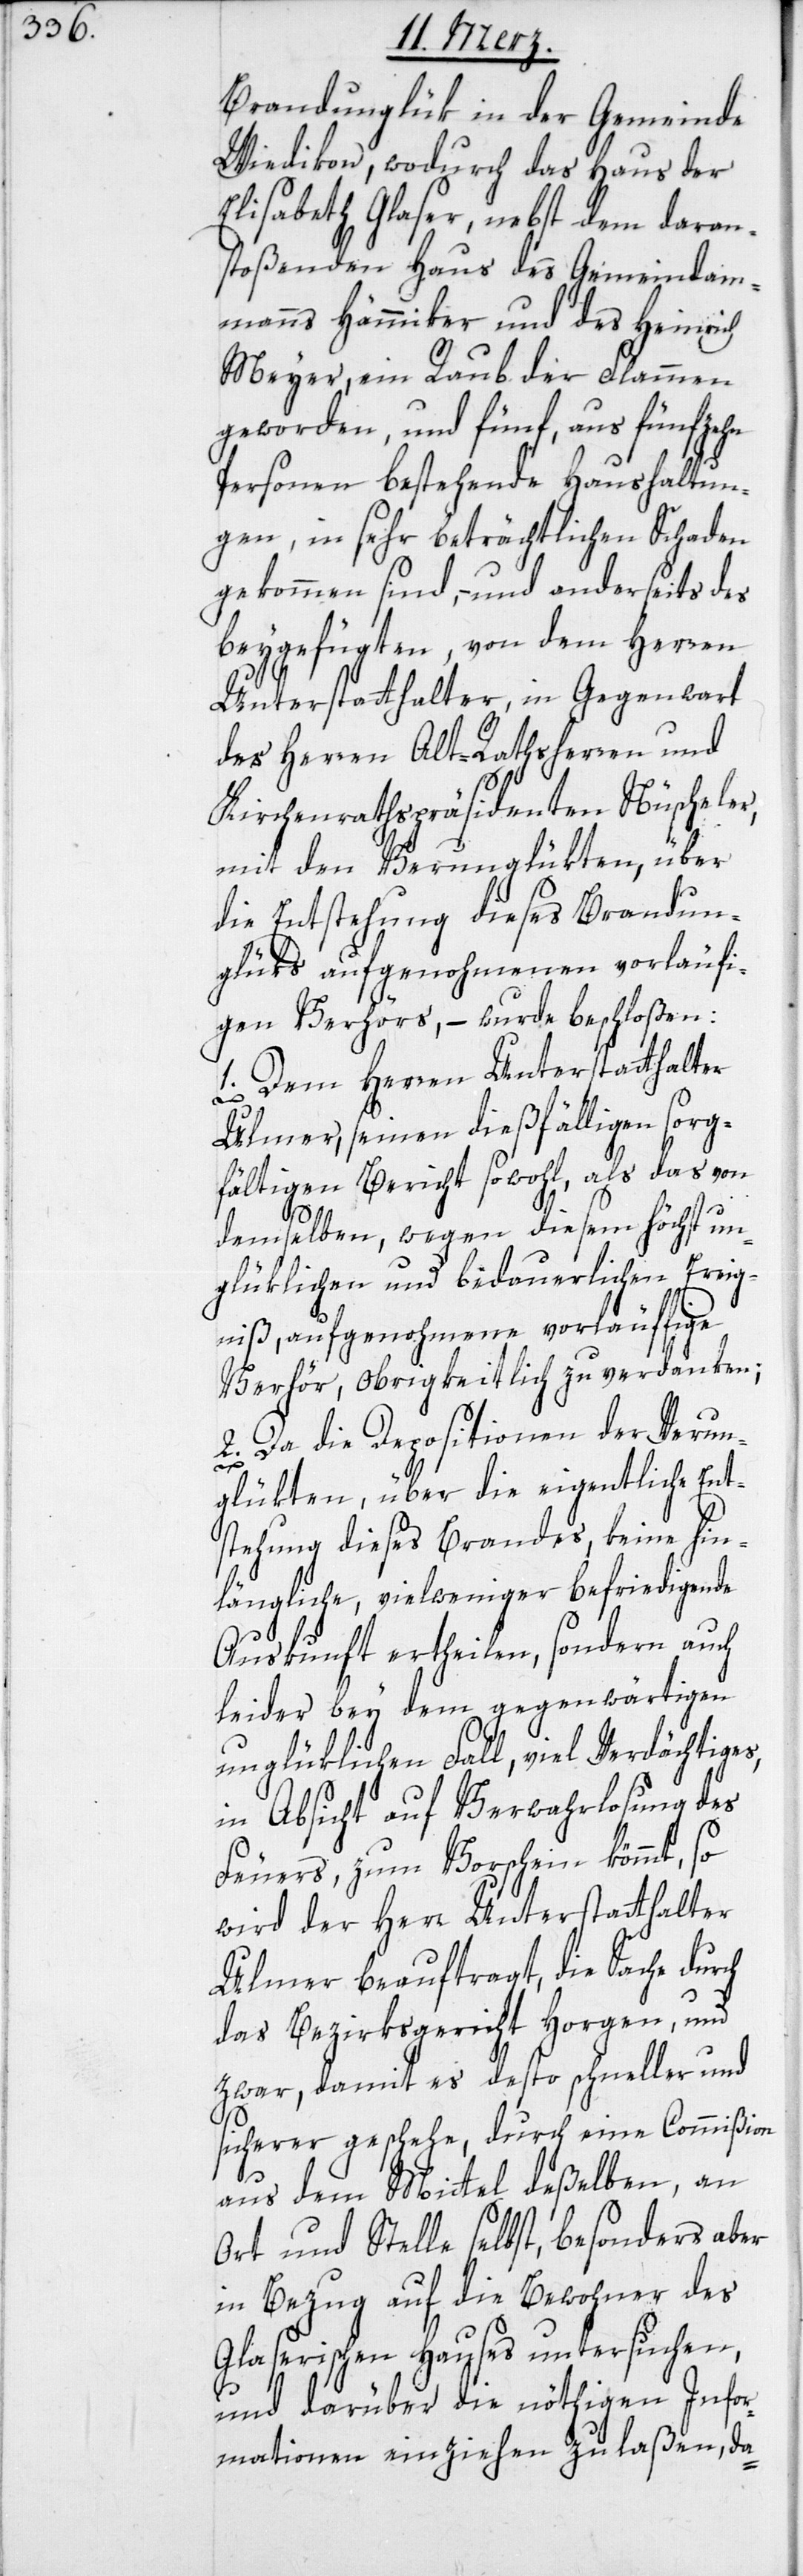
Brandunglük in der Gemeinde
Wiedikon, wodurch das Haus der
Elisabeth Glaser, nebst dem daran¬
stoßenden Haus des Gemeindam¬
manns Hämmiker und des Heinrich
Meyer, ein Raub der Flammen
geworden, und fünf, aus fünfzehn
Personen bestehende Haushaltun¬
gen, in sehr beträchtlichen Schaden
gekommen sind, – und anderseits des
beygefügten, von dem Herren
Unterstatthalter in Gegenwart
des Herren Alt-Rathsherren und
Kirchenrathspräsidenten Nüscheler,
mit den Verunglükten, über
die Entstehung dieses Brandun¬
glüks aufgenohmenen vorläuffi¬
gen Verhörs, – wurde beschloßen:
1. Dem Herren Unterstatthalter
Ulmer, seinen dießfälligen sorg¬
fältigen Bericht sowohl, als das von
demselben, wegen diesem höchst un¬
glüklichen und bedauerlichen Ereig¬
niß, aufgenohmene vorläuffige
Verhör, obrigkeitlich zu verdanken;
2. Da die Depositionen der Verun¬
glükten, über die eigentliche Ent¬
stehung dieses Brandes, keine hin¬
längliche, vielweniger befriedigende
Auskunft ertheilen, sondern auch
leider bey dem gegenwärtigen
unglüklichen Fall, viel Verdächtiges,
in Absicht auf Verwahrlosung des
Feuers, zum Vorschein kömmt, so
wird der Herr Unterstatthalter
Ulmer beauftragt, die Sache durch
das Bezirksgericht Horgen und
zwar, damit es desto schneller und
sicherer geschehe, durch eine Commißion
aus dem Mittel deßelben, an
Ort und Stelle selbst, besonders aber
in Bezug auf die Bewohner des
Glaserischen Hauses untersuchen,
und darüber die nöthigen Infor¬
mationen einziehen zu laßen, da-